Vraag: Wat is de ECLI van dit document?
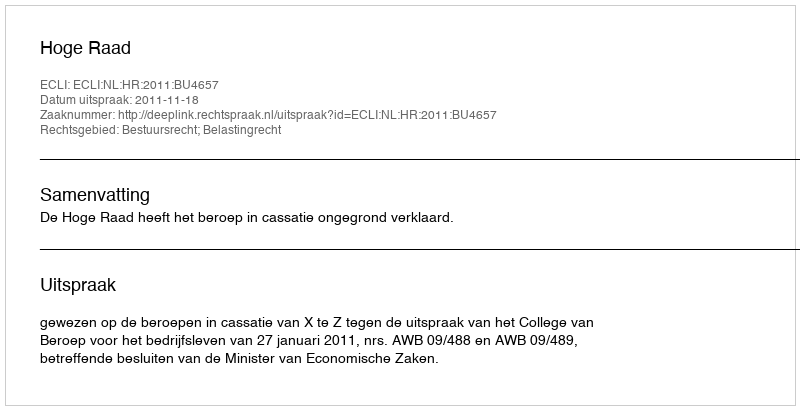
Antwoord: ECLI:NL:HR:2011:BU4657